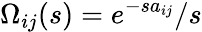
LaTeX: \Omega_{ij}(s)=e^{-sa_{ij}}/s